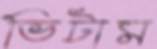
ভিটাম